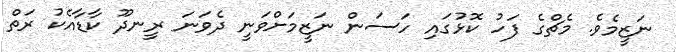
ނަޒީމެވެ. މެޗްގެ ފަހު ކޮޅުގައި ހަސަން ނަޒީމަށްވަނީ ދެވަނަ ރީނދޫ ކާޑާއެކު ރަތް